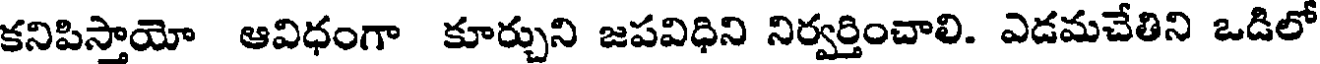
కనిపిస్తాయో ఆవిధంగా కూర్చుని జపవిధిని నిర్వర్తించాలి. ఎడమచేతిని ఒడిలో